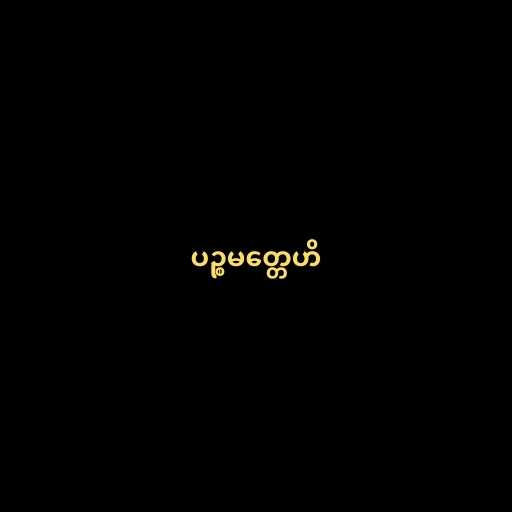
ပဉ္စမတ္တေဟိ